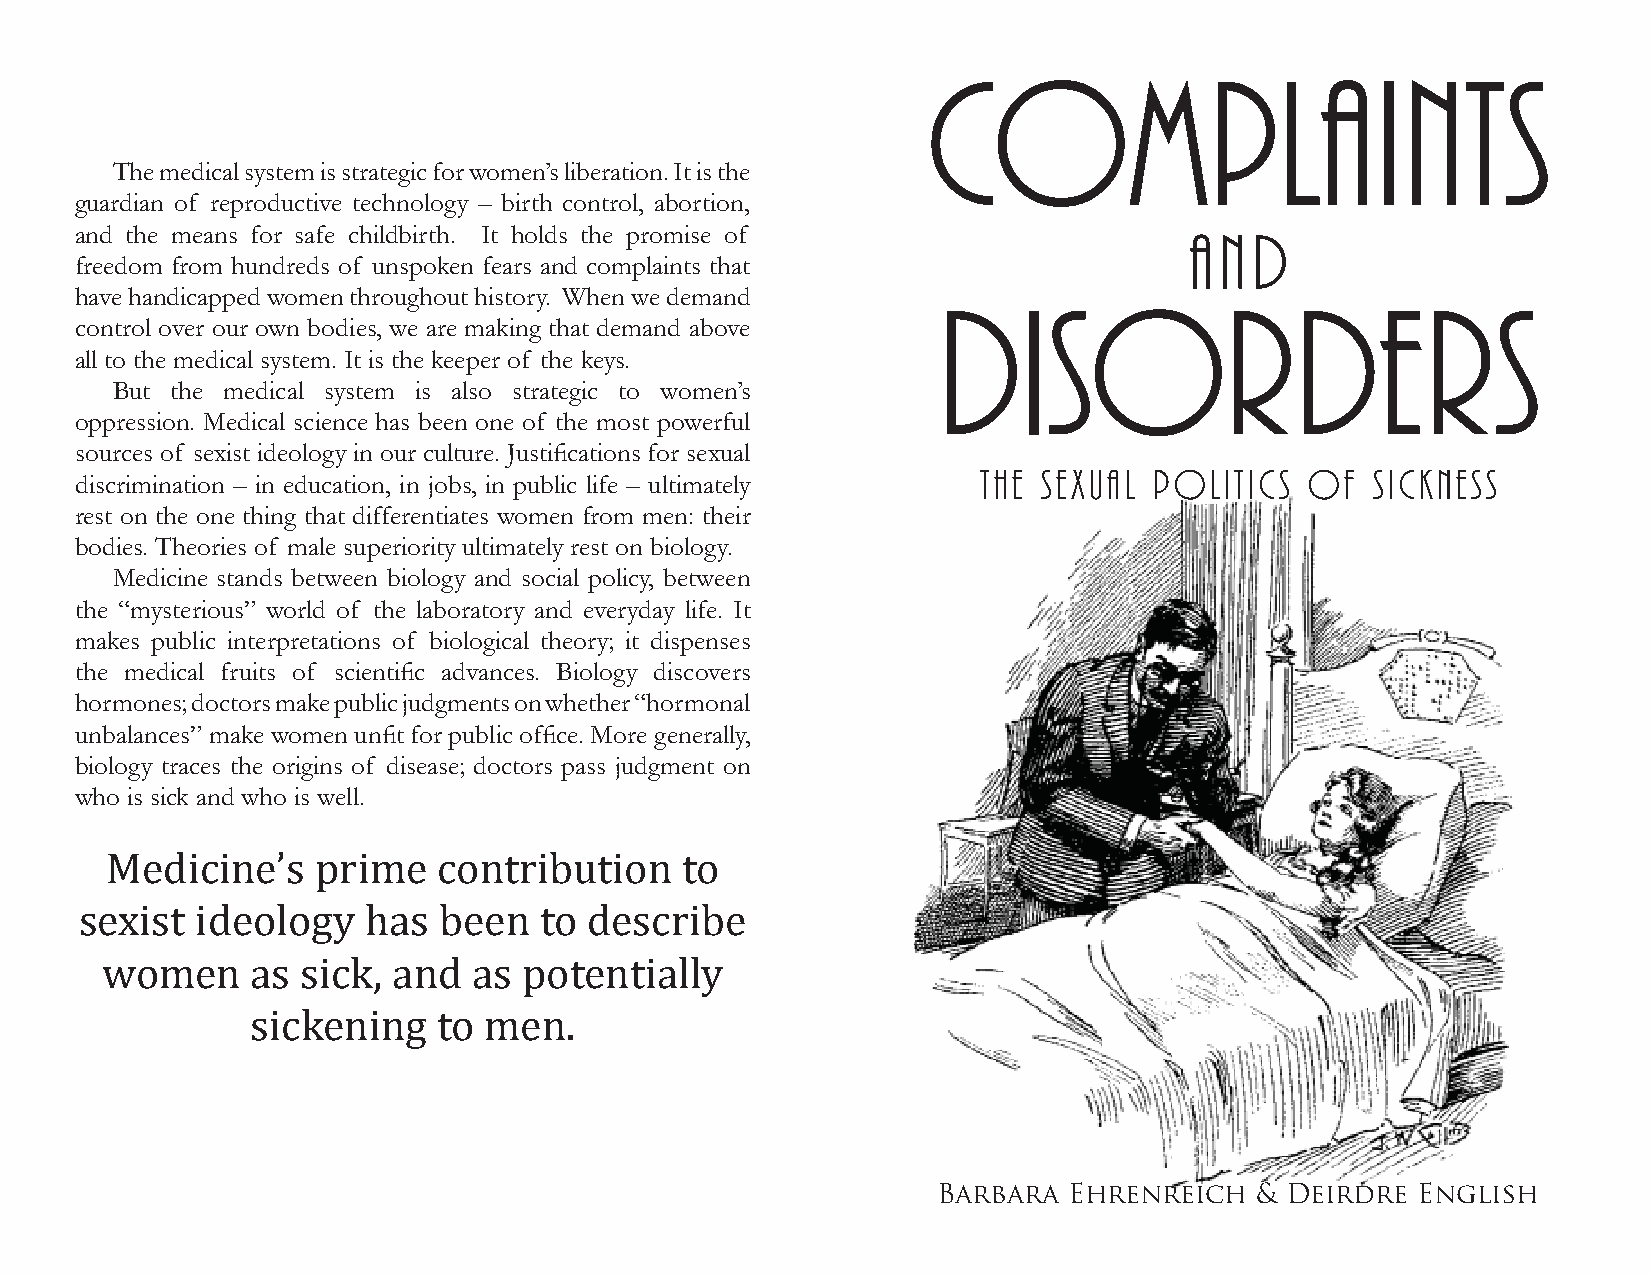
Complaints
 The medical system is strategic for women’s liberation. It is the
 guardian of reproductive technology – birth control, abortion,
 and the means for safe childbirth. It holds the promise of                AND
 freedom from hundreds of unspoken fears and complaints that
 have handicapped women throughout history. When we demand
 Disorders
 control over our own bodies, we are making that demand above
 all to the medical system. It is the keeper of the keys.
 But the medical system is also strategic to women’s
 oppression. Medical science has been one of the most powerful
 sources of sexist ideology in our culture. Justifi cations for sexual
 The Sexual Politics   of  Sickness
 discrimination – in education, in jobs, in public life – ultimately
 rest on the one thing that differentiates women from men: their
 bodies. Theories of male superiority ultimately rest on biology.
 Medicine stands between biology and social policy, between
 the “mysterious” world of the laboratory and everyday life. It
 makes public interpretations of biological theory; it dispenses
 the medical fruits of scientifi c advances. Biology discovers
 hormones; doctors make public judgments on whether “hormonal
 unbalances” make women unfi t for public offi ce. More generally,
 biology traces the origins of disease; doctors pass judgment on
 who is sick and who is well.
 Medicine’s    prime   contribution    to
 sexist  ideology   has  been   to describe
 women     as sick, and  as  potentially
 sickening   to men.
 Barbara  Ehrenreich  & Deirdre  English